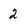
Character: 2